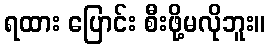
ရထား ပြောင်း စီးဖို့မလိုဘူး။